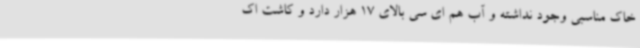
خاک مناسبی وجود نداشته و آب هم ای سی بالای 17 هزار دارد و کاشت اک